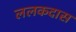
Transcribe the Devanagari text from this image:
ललकदास